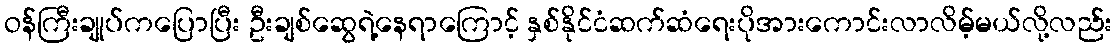
ဝန်ကြီးချုပ်ကပြောပြီး ဦးချစ်ဆွေရဲ့နေရာကြောင့် နှစ်နိုင်ငံဆက်ဆံရေးပိုအားကောင်းလာလိမ့်မယ်လို့လည်း